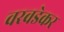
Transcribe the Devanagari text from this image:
वरवडेकर